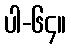
ပါ-၆၄။